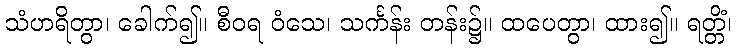
သံဟရိတွာ၊ ခေါက်၍။ စီဝရ ဝံသေ၊ သင်္ကန်း တန်း၌။ ထပေတွာ၊ ထား၍။ ရတ္တိံ၊